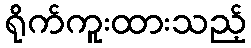
ရိုက်ကူးထားသည့်